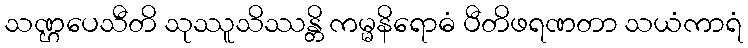
သဏ္ဌပေသီတိ သုဿူသိဿန္တိ ကမ္မနိရောဓံ ပီတိဖရဏတာ သယံကာရံ